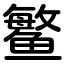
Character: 鳘